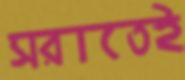
সরাতেই